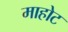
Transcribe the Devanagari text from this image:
माहोट